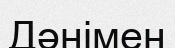
Дәнімен